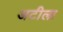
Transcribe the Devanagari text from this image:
अटीला